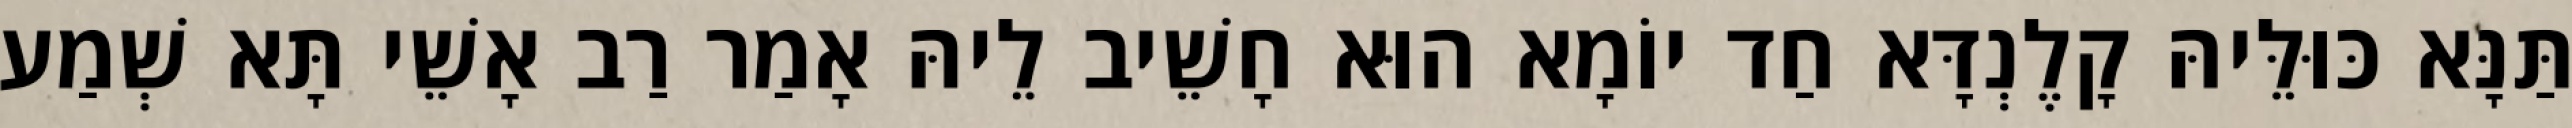
תַּנָּא כּוּלֵּיהּ קָלֶנְדָּא חַד יוֹמָא הוּא חָשֵׁיב לֵיהּ אָמַר רַב אָשֵׁי תָּא שְׁמַע